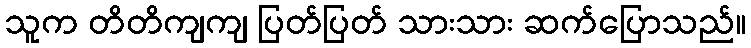
သူက တိတိကျကျ ပြတ်ပြတ် သားသား ဆက်ပြောသည်။